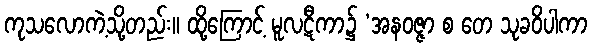
ကုသလောကဲ့သို့တည်း။ ထို့ကြောင့် မူလဋီကာ၌ ‘အနဝဇ္ဇာ စ တေ သုခဝိပါကာ